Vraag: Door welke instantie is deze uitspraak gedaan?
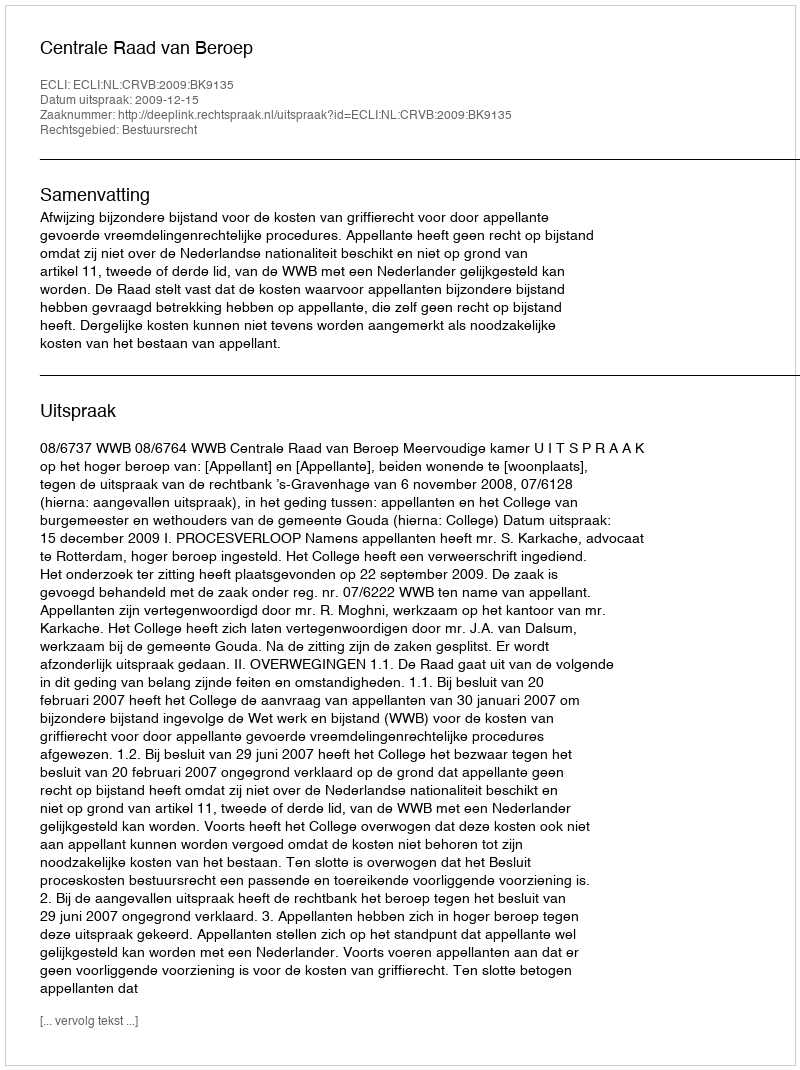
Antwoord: Centrale Raad van Beroep